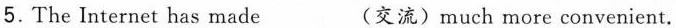
5. The Internet has made___(交流) much more convenient.